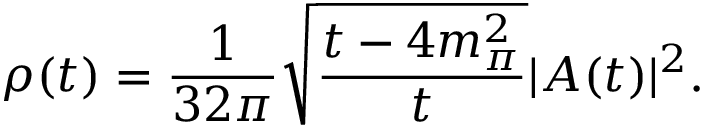
\rho ( t ) = \frac 1 { 3 2 \pi } \sqrt { \frac { t - 4 m _ { \pi } ^ { 2 } } t } | { \cal A } ( t ) | ^ { 2 } .